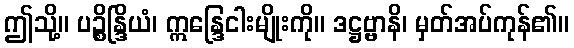
ဤသို့။ ပဉ္စိန္ဒြိယံ၊ ဣန္ဒြေငါးမျိုးကို။ ဒဋ္ဌဗ္ဗာနိ၊ မှတ်အပ်ကုန်၏။